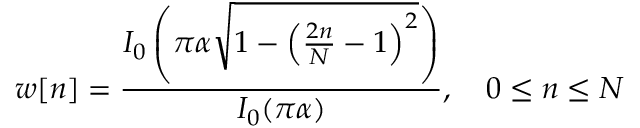
w [ n ] = { \frac { I _ { 0 } \left( \pi \alpha { \sqrt { 1 - \left( { \frac { 2 n } { N } } - 1 \right) ^ { 2 } } } \right) } { I _ { 0 } ( \pi \alpha ) } } , \quad 0 \leq n \leq N